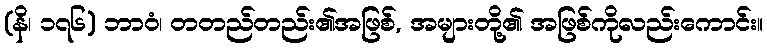
(နိ၊ ၁၇၆) ဘာဝံ၊ တတည်တည်း၏အဖြစ်, အများတို့၏ အဖြစ်ကိုလည်းကောင်း။